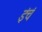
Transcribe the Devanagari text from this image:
इंचं